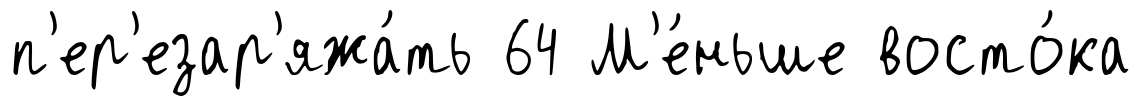
п'ер'езар'яжа́ть 64 М'е́ньше восто́ка